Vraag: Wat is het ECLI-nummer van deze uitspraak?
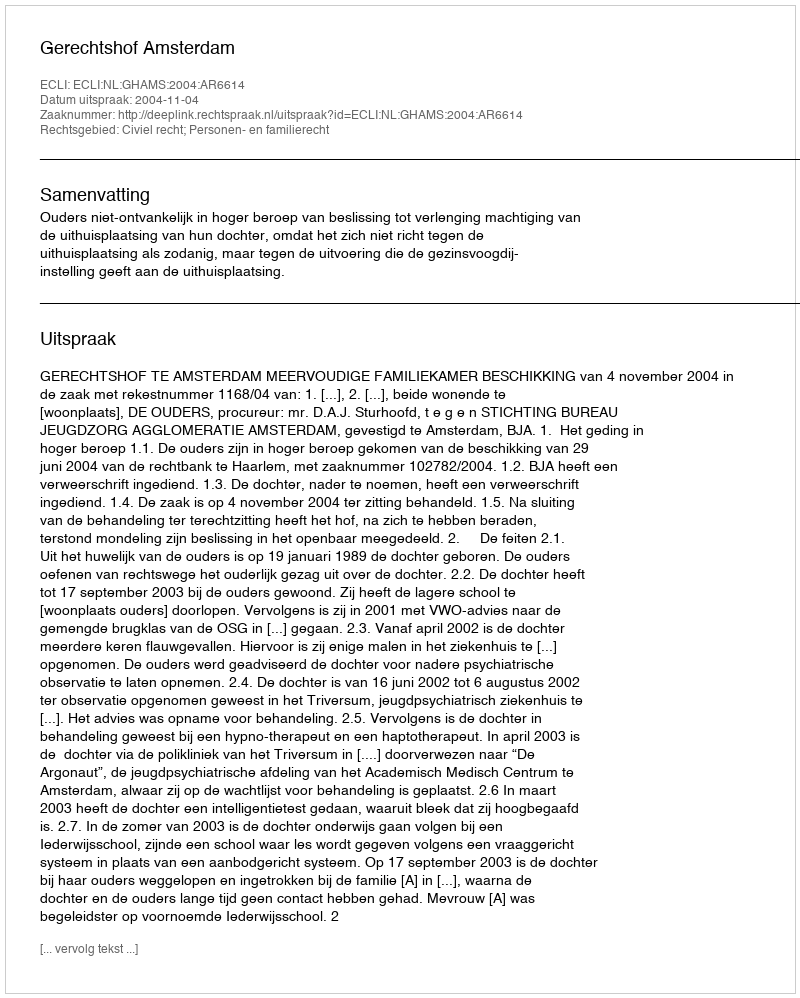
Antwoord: ECLI:NL:GHAMS:2004:AR6614